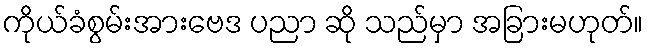
ကိုယ်ခံစွမ်းအားဗေဒ ပညာ ဆို သည်မှာ အခြားမဟုတ်။